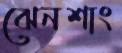
ঝেনশাং